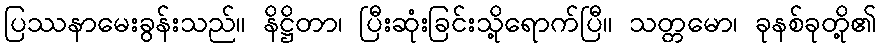
ပြဿနာမေးခွန်းသည်။ နိဋ္ဌိတာ၊ ပြီးဆုံးခြင်းသို့ရောက်ပြီ။ သတ္တမော၊ ခုနစ်ခုတို့၏